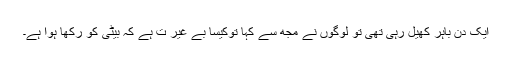
ایک دن باہر کھیل رہی تھی تو لوگوں نے مجھ سے کہا توکیسا بے غیر ت ہے کہ بیٹی کو رکھا ہوا ہے۔